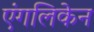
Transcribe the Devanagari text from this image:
एंगलिकेन